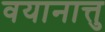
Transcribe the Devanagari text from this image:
वयानात्तु